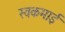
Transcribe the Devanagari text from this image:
स्वकमाई